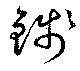
錢